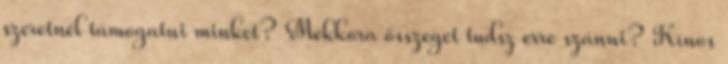
szeretnél támogatni minket? Mekkora összeget tudsz erre szánni? Kínos